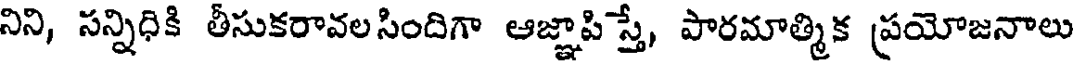
నిని, సన్నిధికి తీసుకరావలసిందిగా ఆజ్ఞాపిస్తే, పారమాత్మిక ప్రయోజనాలు